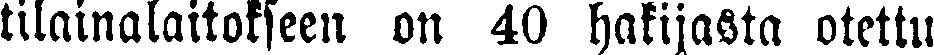
tilainalaitokseen on 40 hakijasta otettu